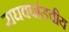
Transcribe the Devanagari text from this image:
राघवपांडवीय